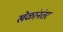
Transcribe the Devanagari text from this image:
खेळांनंतर